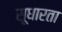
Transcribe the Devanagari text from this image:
सूधारता